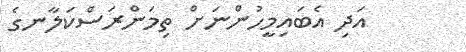
އަދި އެބައިމީހުންނަށް ތިމަންރަސްކަލާނގެ